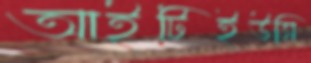
আইটিইউসি